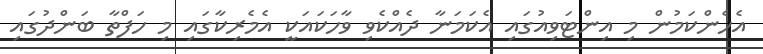
އެހެންކަމުން މި އިންޓަވިއުގައި އެކަމަނާ ދެއްކެވި ވާހަކައަކީ އެމެރިކާގައި މި ހަފްތާ ބަންދުގައި